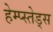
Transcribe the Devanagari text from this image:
हेम्प्स्तेड्स